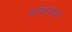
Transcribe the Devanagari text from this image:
कर्मकांडाचा